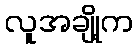
လူအချို့က